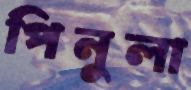
পিনুলা